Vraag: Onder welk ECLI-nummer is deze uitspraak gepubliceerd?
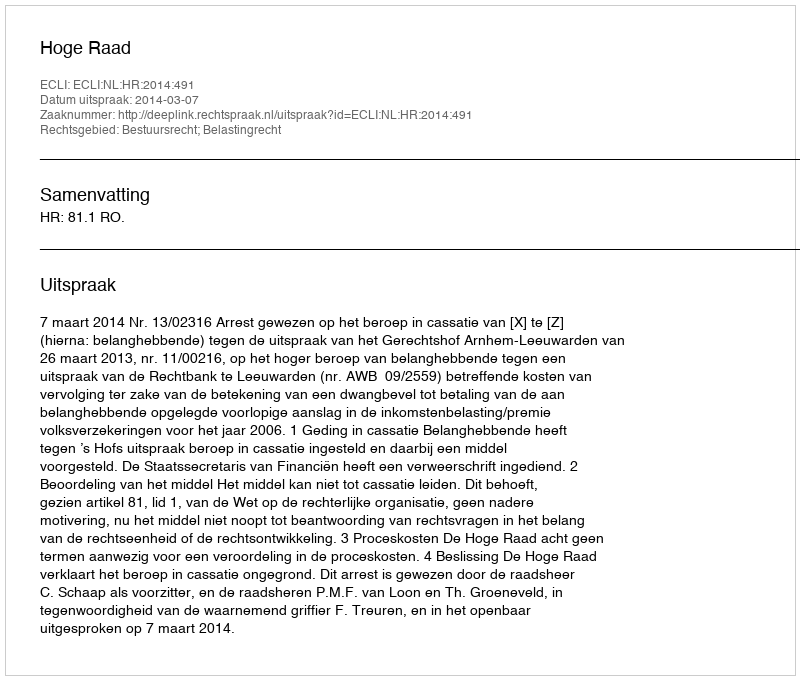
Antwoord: ECLI:NL:HR:2014:491